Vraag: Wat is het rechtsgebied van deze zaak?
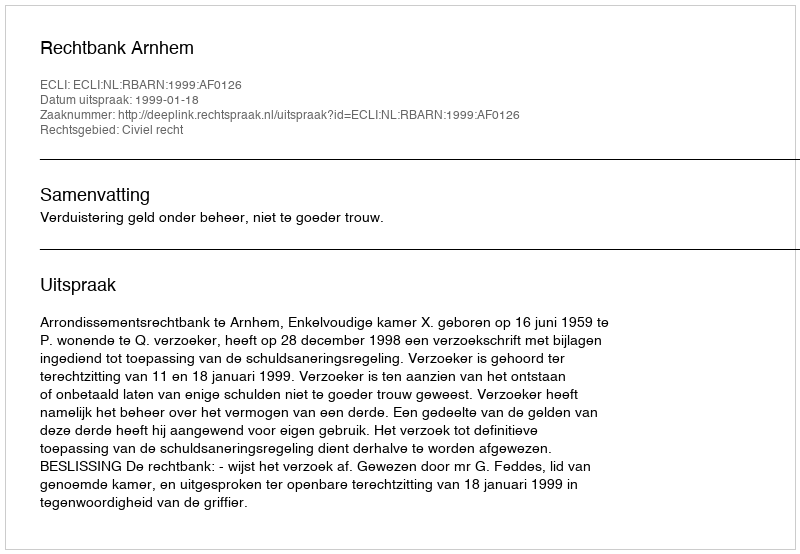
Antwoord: Civiel recht